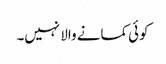
کوئی کمانے والا نہیں۔